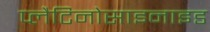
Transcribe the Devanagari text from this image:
प्लैटिनोसाइनाइड